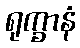
ရုက္ခာနံ